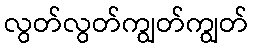
လွတ်လွတ်ကျွတ်ကျွတ်